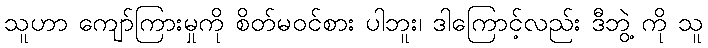
သူဟာ ကျော်ကြားမှုကို စိတ်မဝင်စား ပါဘူး၊ ဒါကြောင့်လည်း ဒီဘွဲ့ ကို သူ